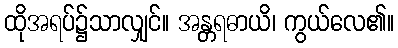
ထိုအရပ်၌သာလျှင်။ အန္တရဓာယိ၊ ကွယ်လေ၏။